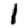
Digit: 1